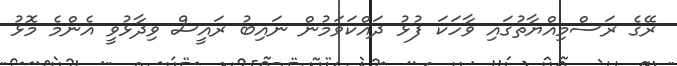
ރޭގެ ރަސްމިއްޔާތުގައި ވާހަކަ ފުޅު ދައްކަވަމުން ނައިބު ރައީސް ވިދާޅުވީ އެންމެ މޮޅު